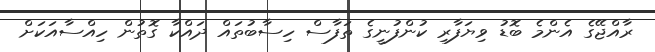
ރާއްޖޭގެ އެންމެ ބޮޑު ވިޔަފާރި ކުންފުނީގެ ތަފާސް ހިސާބުތައް ދައްކާ ގޮތުން ހިއްސާއަކަށް